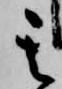
其